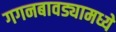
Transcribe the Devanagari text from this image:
गगनबावड्यामध्ये